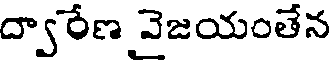
ద్వారేణ వైజయంతేన